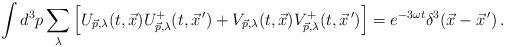
LaTeX: \begin{align*}\int d^3 p \sum_{\lambda}\left[U_{\vec{p},\lambda}(t,\vec{x})U^{+}_{\vec{p},\lambda}(t,\vec{x}^{\,\prime})+V_{\vec{p},\lambda}(t,\vec{x})V^{+}_{\vec{p},\lambda}(t,\vec{x}^{\,\prime})\right]=e^{-3\omega t}\delta^3 (\vec{x}-\vec{x}^{\,\prime})\,.\end{align*}